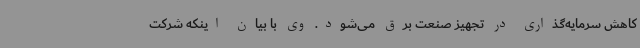
کاهش سرمایه‌گذاری در تجهیز صنعت برق می‌شود. وی با بیان اینکه شرکت